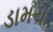
ડામચા